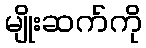
မျိုးဆက်ကို